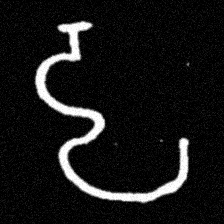
Pyu character \u2014 Myanmar letter: ဠ (romanized: lla)